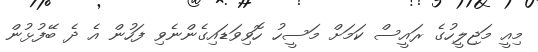
މިއީ މަޖިލީހުގެ ރައީސް ކަމަށް މަސީހު ހޮވިވަޑައިގެންނެވި ފަހުން އެ ދެ ބޭފުޅުން